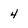
Character: 4